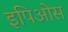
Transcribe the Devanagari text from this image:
इपिओस